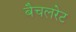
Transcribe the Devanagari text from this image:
बैचलरेट